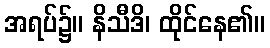
အရပ်၌။ နိသီဒိ၊ ထိုင်နေ၏။